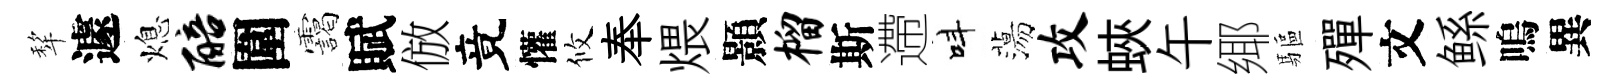
犂遽熄醅圍靄賦倣竟懽攸奉煨顥榴斯遰呌蕩攻蛺午鄊驅殫文鲧嗚異